Lunatic asylums in Bengal annual reports 1888-1898 - 1888-1898
Year: 1888
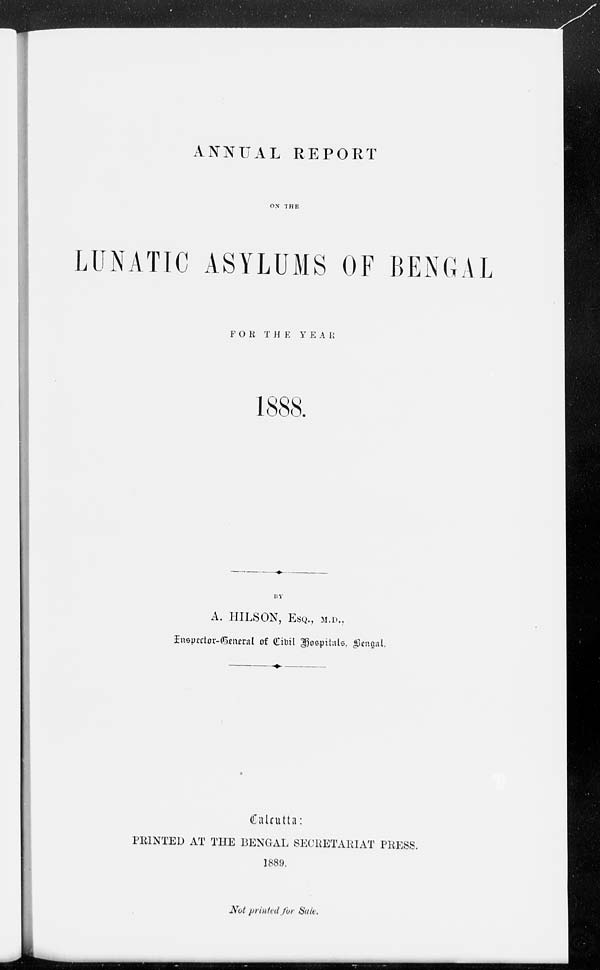
ANNUAL REPORT
ON THE
LUNATIC ASYLUMS OF BENGAL
FOR
THE
YEAR
1888.
A. HILSON, ESQ., M.D..
Inspector-General of Civil Hospitals, Bengal.
Calcutta:
PRINTED AT THE BENGAL SECRETARIAT PRESS.
1889.
Not printed for Sale.